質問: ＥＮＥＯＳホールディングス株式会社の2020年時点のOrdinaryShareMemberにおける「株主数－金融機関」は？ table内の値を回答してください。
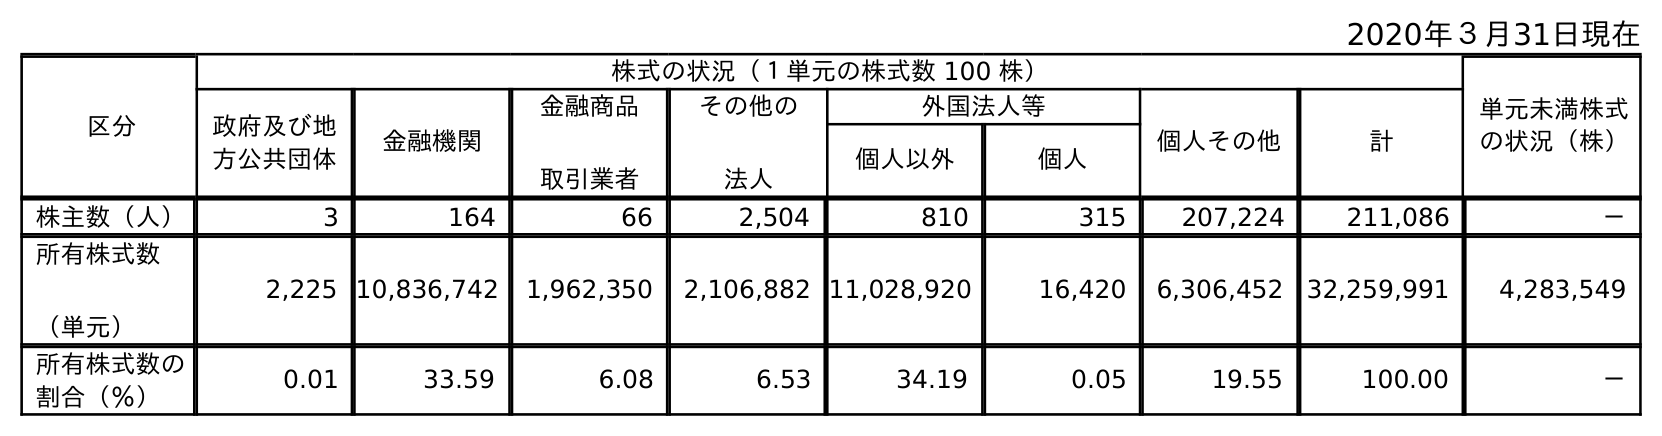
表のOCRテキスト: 2020年３月31日現在 区分 株式の状況（１単元の株式数 100 株） 単元未満株式 の状況（株） 政府及び地 方公共団体 金融機関 金融商品 取引業者 その他の 法人 外国法人等 個人その他 計 個人以外 個人 株主数（人） 3 164 66 2,504 810 315 207,224 211,086 － 所有株式数 （単元） 2,225 10,836,742 1,962,350 2,106,882 11,028,920 16,420 6,306,452 32,259,991 4,283,549 所有株式数の 割合（％） 0.01 33.59 6.08 6.53 34.19 0.05 19.55 100.00 －
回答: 164